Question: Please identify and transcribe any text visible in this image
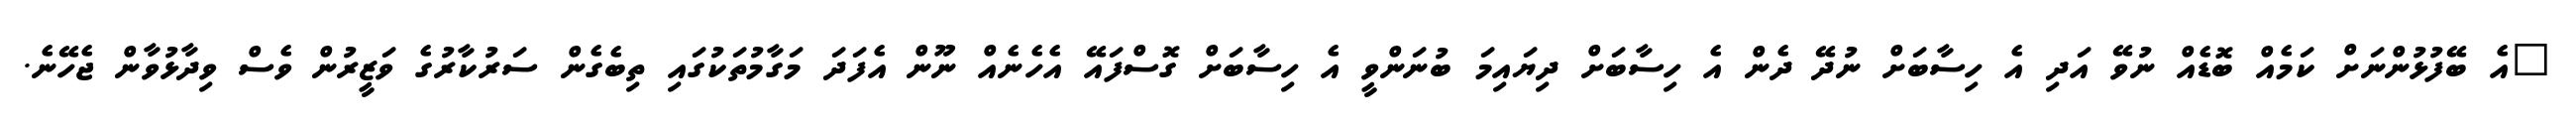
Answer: "އެ ބޭފުޅުންނަށް ކަމެއް ބޮޑެއް ނުވޭ އަދި އެ ހިސާބަށް ނުދޭ ދެން އެ ހިސާބަށް ދިޔައިމަ ބުނަންވީ އެ ހިސާބަށް ގޮސްފައޭ އެހެނެއް ނޫން އެފަދަ މަގާމުތަކުގައި ތިބެގެން ސަރުކާރުގެ ވަޒީރުން ވެސް ވިދާޅުވާން ޖެހޭނެ.